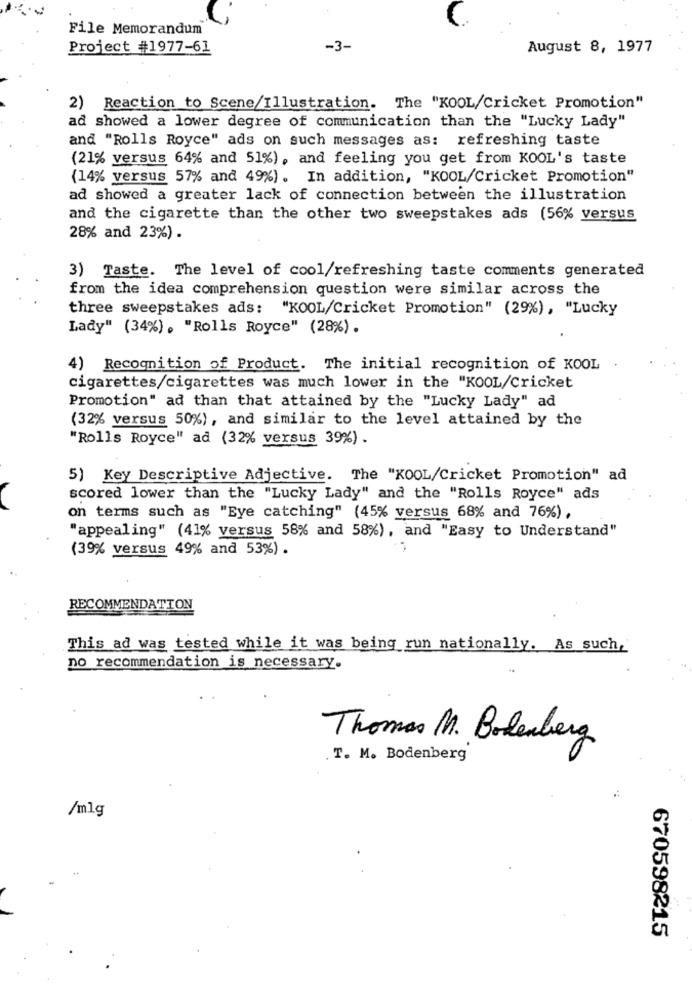
File Memorandum
Project #1977-61
-3-
August 8, 1977
2) Reaction to Scene/Illustration. The "KOOL/Cricket Promotion"
ad showed a lower degree of communication than the "Lucky Lady"
and "Rolls Royce" ads on such messages as: refreshing taste
(21% versus 64% and 51%), and feeling you get from KOOL's taste
(14% versus 57% and 49%). In addition, "KOOL/Cricket Promotion"
ad showed a greater lack of connection between the illustration
and the cigarette than the other two sweepstakes ads (56% versus
28% and 23%) .
3) Taste. The level of cool/refreshing taste comments generated
from the idea comprehension question were similar across the
three sweepstakes ads: "KOOL/Cricket Promotion" (29%), "Lucky
Lady" (34%), "Rolls Royce" (28%).
4) Recognition of Product. The initial recognition of KOOL
cigarettes/cigarettes was much lower in the "KOOL/Cricket
Promotion" ad than that attained by the "Lucky Lady" ad
(32% versus 50%), and similar to the level attained by the
"Rolls Royce" ad (32% versus 39%) .
5) Key Descriptive Adjective. The "KOOL/Cricket Promotion" ad
scored lower than the "Lucky Lady" and the "Rolls Royce" ads
on terms such as "Eye catching" (45% versus 68% and 76%),
"appealing" (41% versus 58% and 58%), and "Easy to Understand"
(39% versus 49% and 53%) .
RECOMMENDATION
This ad was tested while it was being run nationally. As such,
no recommendation is necessary.
Thomas M. Bodenberg
. T. M. Bodenberg
/mlg
670598215